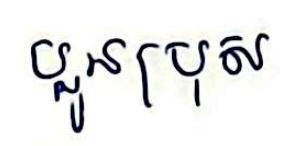
ប្អូនប្រុស